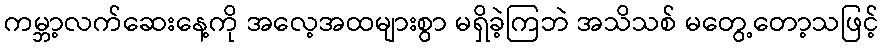
ကမ္ဘာ့လက်ဆေးနေ့ကို အလေ့အထများစွာ မရှိခဲ့ကြဘဲ အသိသစ် မတွေ့တော့သဖြင့်